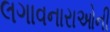
લગાવનારાઓની